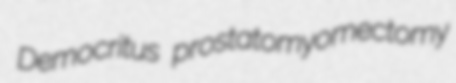
Democritus prostatomyomectomy